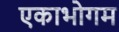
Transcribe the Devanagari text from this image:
एकाभोगम